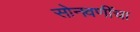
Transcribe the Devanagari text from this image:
सोनवणींचा